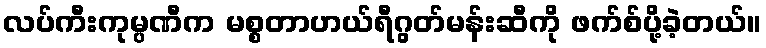
လပ်ကီးကုမ္ပဏီက မစ္စတာဟယ်ရီဂွတ်မန်းဆီကို ဖက်စ်ပို့ခဲ့တယ်။